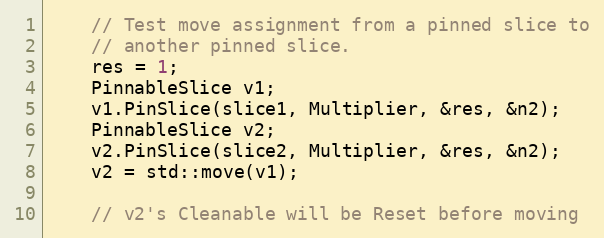
Language: C++
    // Test move assignment from a pinned slice to
    // another pinned slice.
    res = 1;
    PinnableSlice v1;
    v1.PinSlice(slice1, Multiplier, &res, &n2);
    PinnableSlice v2;
    v2.PinSlice(slice2, Multiplier, &res, &n2);
    v2 = std::move(v1);

    // v2's Cleanable will be Reset before moving